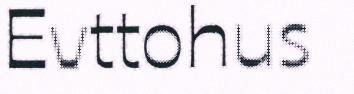
Evttohus